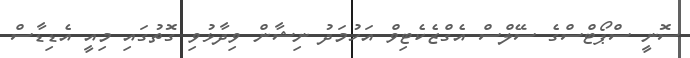
ސޮނީ ސްޕޯޓްސްގެ ސޭލްސް އެގްޒެކެޓިވް އަހުމަދު ނިޝާން ވިދާޅުވި ގޮތުގައި މިއީ އެޑިޑާސް